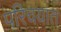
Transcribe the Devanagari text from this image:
परिचयात